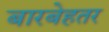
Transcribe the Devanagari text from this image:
बारबेहतर